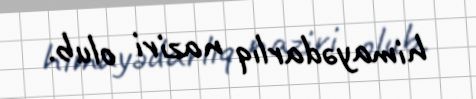
himayədarlıq naziri olub.